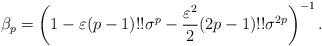
LaTeX: \begin{align*}\beta_{p}=\left(1-\varepsilon (p-1)!!\sigma^{p}-\frac{\varepsilon^{2}}{2}(2p-1)!!\sigma^{2p}\right)^{-1}.\end{align*}